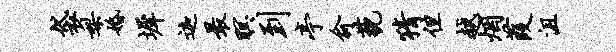
袋梨婚墀迦最暝到亭俞藐猜但越烟葭沮